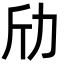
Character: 劤